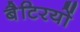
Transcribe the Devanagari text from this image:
बैटिरयों